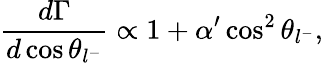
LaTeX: \frac{d\Gamma}{d\cos\theta_{l^{-}}}\propto 1+\alpha^{\prime}\cos^{2}\theta_{l^{-}},